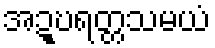
အဍ္ဎရတ္တသမယံ